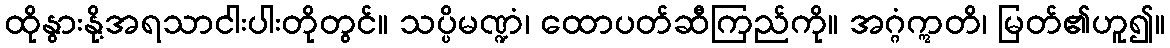
ထိုနွားနို့အရသာငါးပါးတိုတွင်။ သပ္ပိမဏ္ဍံ၊ ထောပတ်ဆီကြည်ကို။ အဂ္ဂံဣတိ၊ မြတ်၏ဟူ၍။